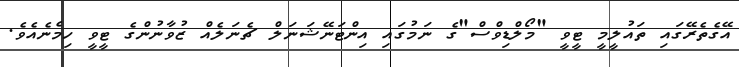
އޭގެތެރޭގައި ތައުލީމީ ޓީވީ "މޯލްޑިވްސް"ގެ ނަމުގައި އިންޓަނޭޝަނަލް ޗެނަލެއް ޒުވާނުންގެ ޓީވީ ހިމެނެއެވެ.